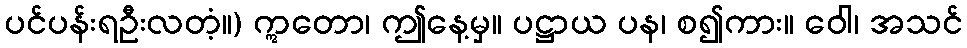
ပင်ပန်းရဦးလတံ့။) ဣတော၊ ဤနေ့မှ။ ပဋ္ဌာယ ပန၊ စ၍ကား။ ဝေါ၊ အသင်